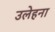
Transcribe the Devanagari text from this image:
उलेहना